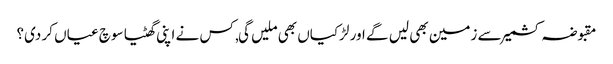
مقبوضہ کشمیر سے زمین بھی لیں گے اور لڑکیاں بھی ملیں گی, کس نے اپنی گھٹیا سوچ عیاں کر دی؟